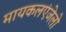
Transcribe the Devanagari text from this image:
मायकलएंजेलो